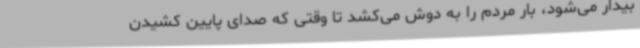
بیدار می‌شود، بار مردم را به دوش می‌کشد تا وقتی که صدای پایین کشیدن